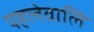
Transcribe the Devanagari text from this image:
पहलेवालि